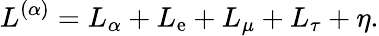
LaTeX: L^{(\alpha)}=L_{\alpha}+L_{\mathrm{e}}+L_{\mu}+L_{\tau}+\eta.